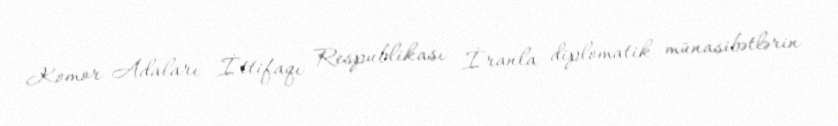
Komor Adaları İttifaqı Respublikası İranla diplomatik münasibətlərin